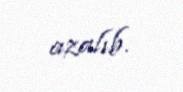
azalıb.